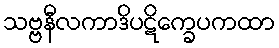
သဗ္ဗနီလကာဒိပဋိက္ခေပကထာ